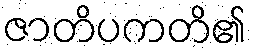
ဇာတိပကတိ၏